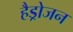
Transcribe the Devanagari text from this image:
हैड्रोजन